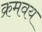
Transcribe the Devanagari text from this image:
क्रमवय